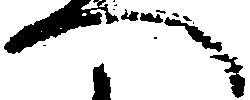
へ